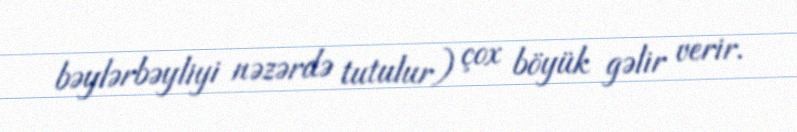
bəylərbəyliyi nəzərdə tutulur) çox böyük gəlir verir.